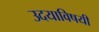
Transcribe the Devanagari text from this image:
उदयाविषयी